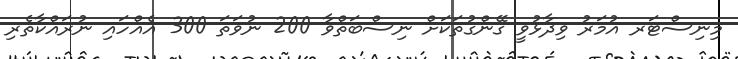
މިނިސްޓަރ އުމަރު ވިދާޅުވީ ގޭންގުތަކަށް ނިސްބަތްވާ 200 ނުވަތަ 300 އެއްހައި ނުރައްކާތެރި